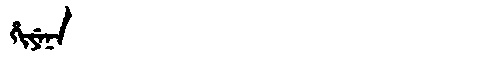
Manchu: ᡥᡳᠶᡝᠨᠠ
Romanization: HIYENA